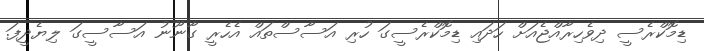
ޑިމޮކްރެސީ ދިވެހިރާއްޖެއަށް ހަދައި ޑިމޮކްރެސީގަ ހުރި އަސާސްތައް އެހެރީ ގާނޫނު އަސާސީގަ ލިޔެދީފަ.